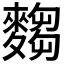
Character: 𮭿